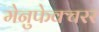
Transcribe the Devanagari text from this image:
मेनुफेक्चरर